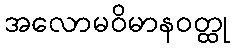
အလောမဝိမာနဝတ္ထု